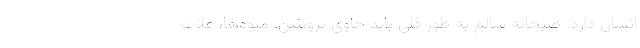
انسان دارد. صبحانه سالم به‌ طور کلی باید حاوی پروتئین‌، میوه‌ها، غلات